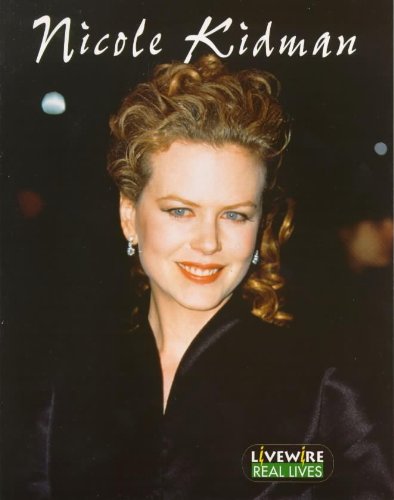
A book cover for Nicole Kidman: Real Lives (Livewire Real Lives); Sandra Woodcock; Teen & Young Adult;